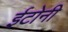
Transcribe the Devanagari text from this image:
ईटोनी